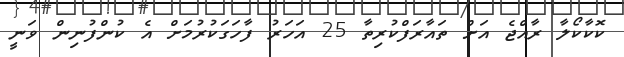
ކޮކާކޯލާ ރާއްޖެ އަށް ތައާރަފްކުރިތާ 25 އަހަރު ފާހަގަކުރުމަށް އެ ކުންފުނިން ވަނީ